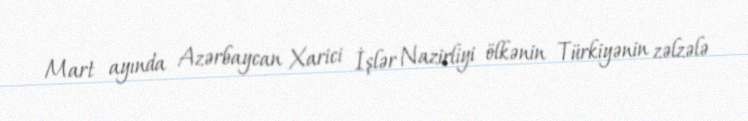
Mart ayında Azərbaycan Xarici İşlər Nazirliyi ölkənin Türkiyənin zəlzələ